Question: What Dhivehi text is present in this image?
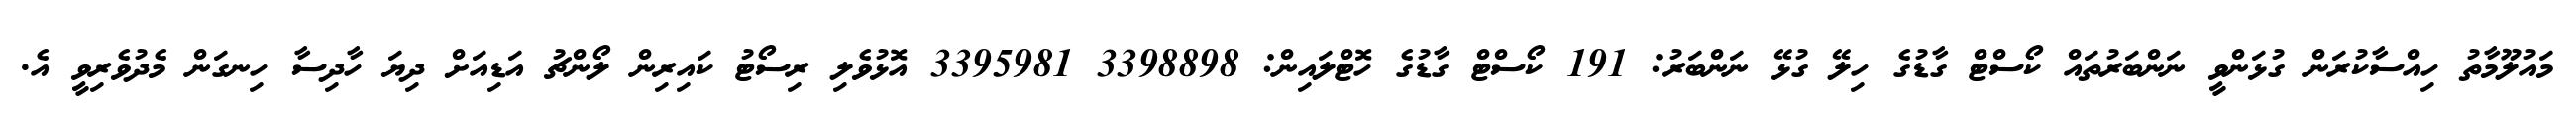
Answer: މައުލޫމާތު ހިއްސާކުރަން ގުޅަންވީ ނަންބަރުތައް ކޯސްޓް ގާޑުގެ ހިލޭ ގުޅޭ ނަންބަރު: 191 ކޯސްޓް ގާޑުގެ ހޮޓްލައިން: 3398898 3395981 އޮޅުވެލި ރިސޯޓު ކައިރިން ލޯންޗު އަޑިއަށް ދިޔަ ހާދިސާ ހިނގަން މެދުވެރިވީ އެ.